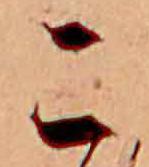
こ